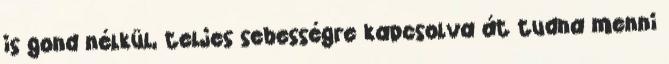
is gond nélkül, teljes sebességre kapcsolva át tudna menni